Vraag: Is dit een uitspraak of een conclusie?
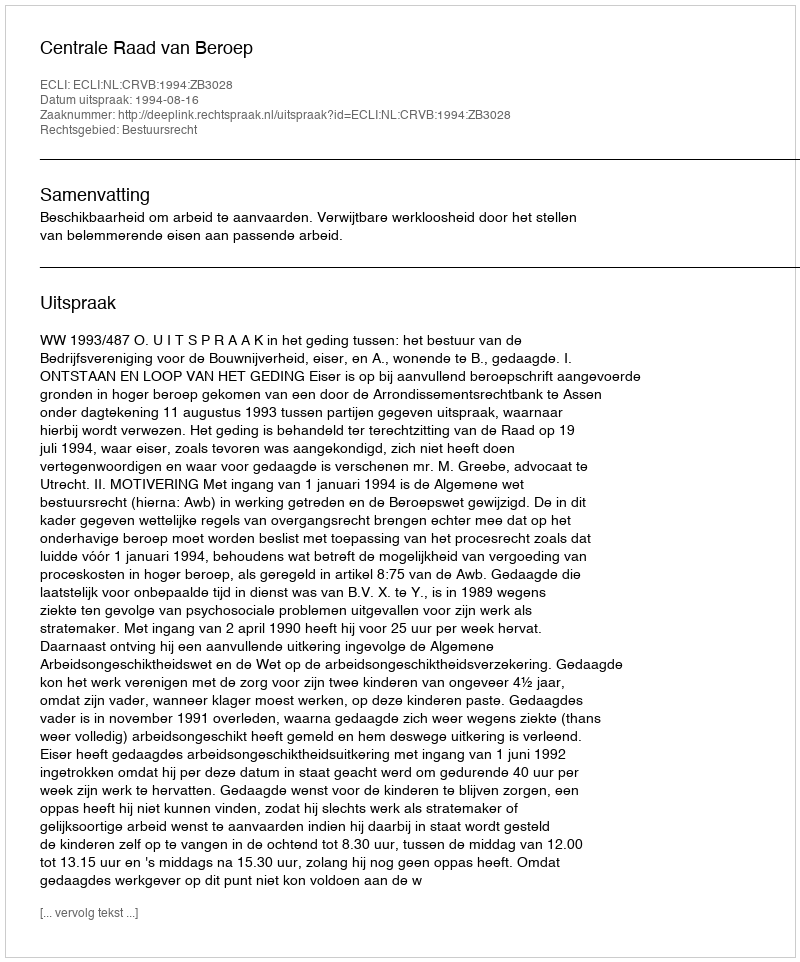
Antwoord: Uitspraak